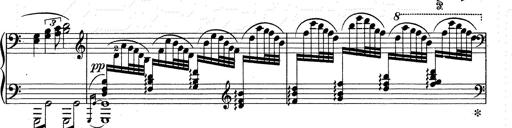
Title: Walhall aus Der Ring des Nibelungen
Composer: Franz Liszt